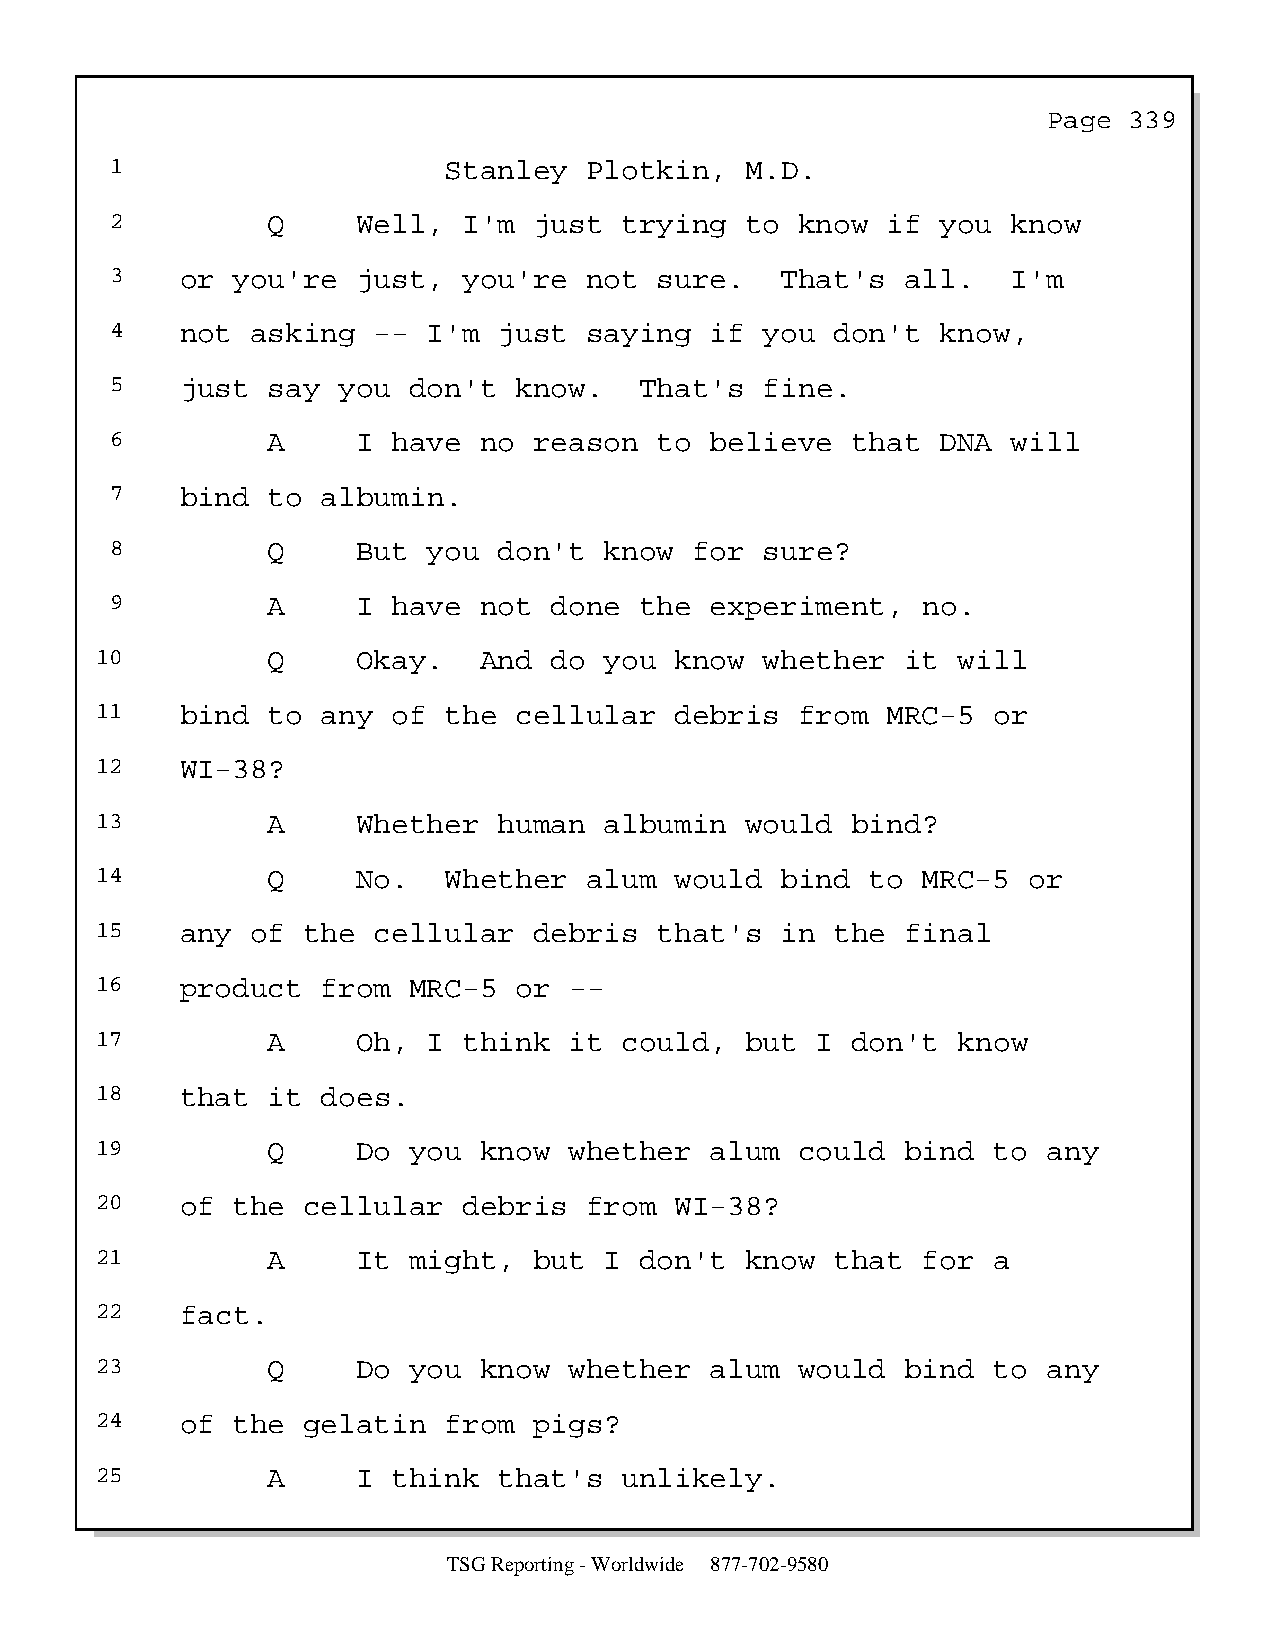
Page  339
 1                     Stanley   Plotkin,  M.D.
 2          Q     Well,  I'm just  trying  to  know  if you  know
 3    or you're   just,  you're  not  sure.   That's  all.   I'm
 4    not  asking  -- I'm  just  saying  if  you don't  know,
 5    just  say you  don't  know.   That's   fine.
 6          A     I have  no reason   to believe  that  DNA  will
 7    bind  to albumin.
 8          Q     But you  don't  know  for  sure?
 9          A     I have  not done  the  experiment,   no.
 10          Q     Okay.   And do  you  know  whether  it will
 11    bind  to any  of the  cellular   debris  from  MRC-5  or
 12    WI-38?
 13          A     Whether  human  albumin  would  bind?
 14          Q     No.  Whether   alum  would  bind  to MRC-5  or
 15    any  of the  cellular  debris   that's  in the  final
 16    product  from  MRC-5  or  --
 17          A     Oh, I  think  it could,  but  I don't  know
 18    that  it does.
 19          Q     Do you  know  whether  alum  could  bind  to any
 20    of the  cellular   debris  from  WI-38?
 21          A     It might,  but  I don't  know  that  for  a
 22    fact.
 23          Q     Do you  know  whether  alum  would  bind  to any
 24    of the  gelatin  from  pigs?
 25          A     I think  that's  unlikely.
 TSG Reporting - Worldwide 877-702-9580